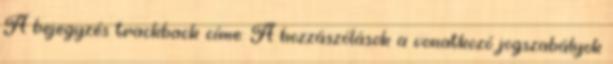
A bejegyzés trackback címe: A hozzászólások a vonatkozó jogszabályok